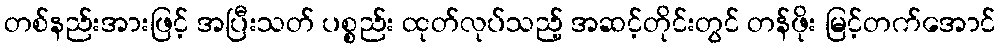
တစ်နည်းအားဖြင့် အပြီးသတ် ပစ္စည်း ထုတ်လုပ်သည့် အဆင့်တိုင်းတွင် တန်ဖိုး မြင့်တက်အောင်